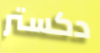
دكستر